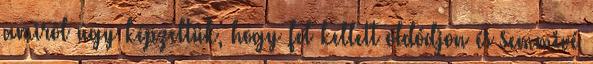
amirõl úgy képzeltük, hogy fel kellett oldódjon és semmivé